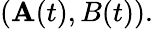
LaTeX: (\mathbf{A}(t),B(t)).